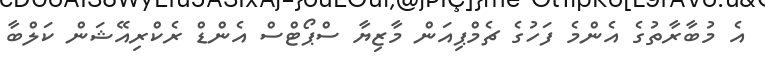
އެ މުބާރާތުގެ އެންމެ ފަހުގެ ޗެމްޕިއަން މާޒިޔާ ސްޕޯޓްސް އެންޑް ރެކްރިއޭޝަން ކަލްބާ